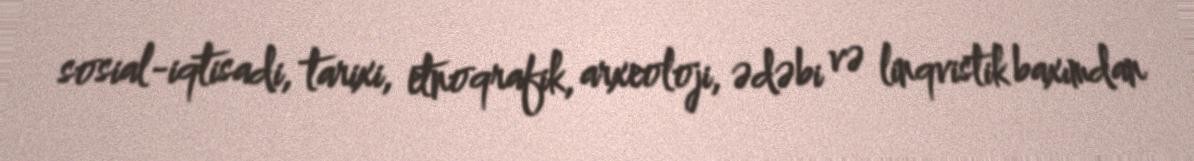
sosial-iqtisadi, tarixi, etnoqrafik, arxeoloji, ədəbi və linqvistik baxımdan